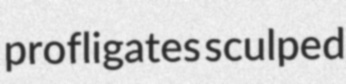
profligates sculped